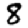
Digit: 8